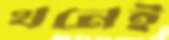
থনেই